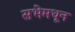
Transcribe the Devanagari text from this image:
सभेमधून